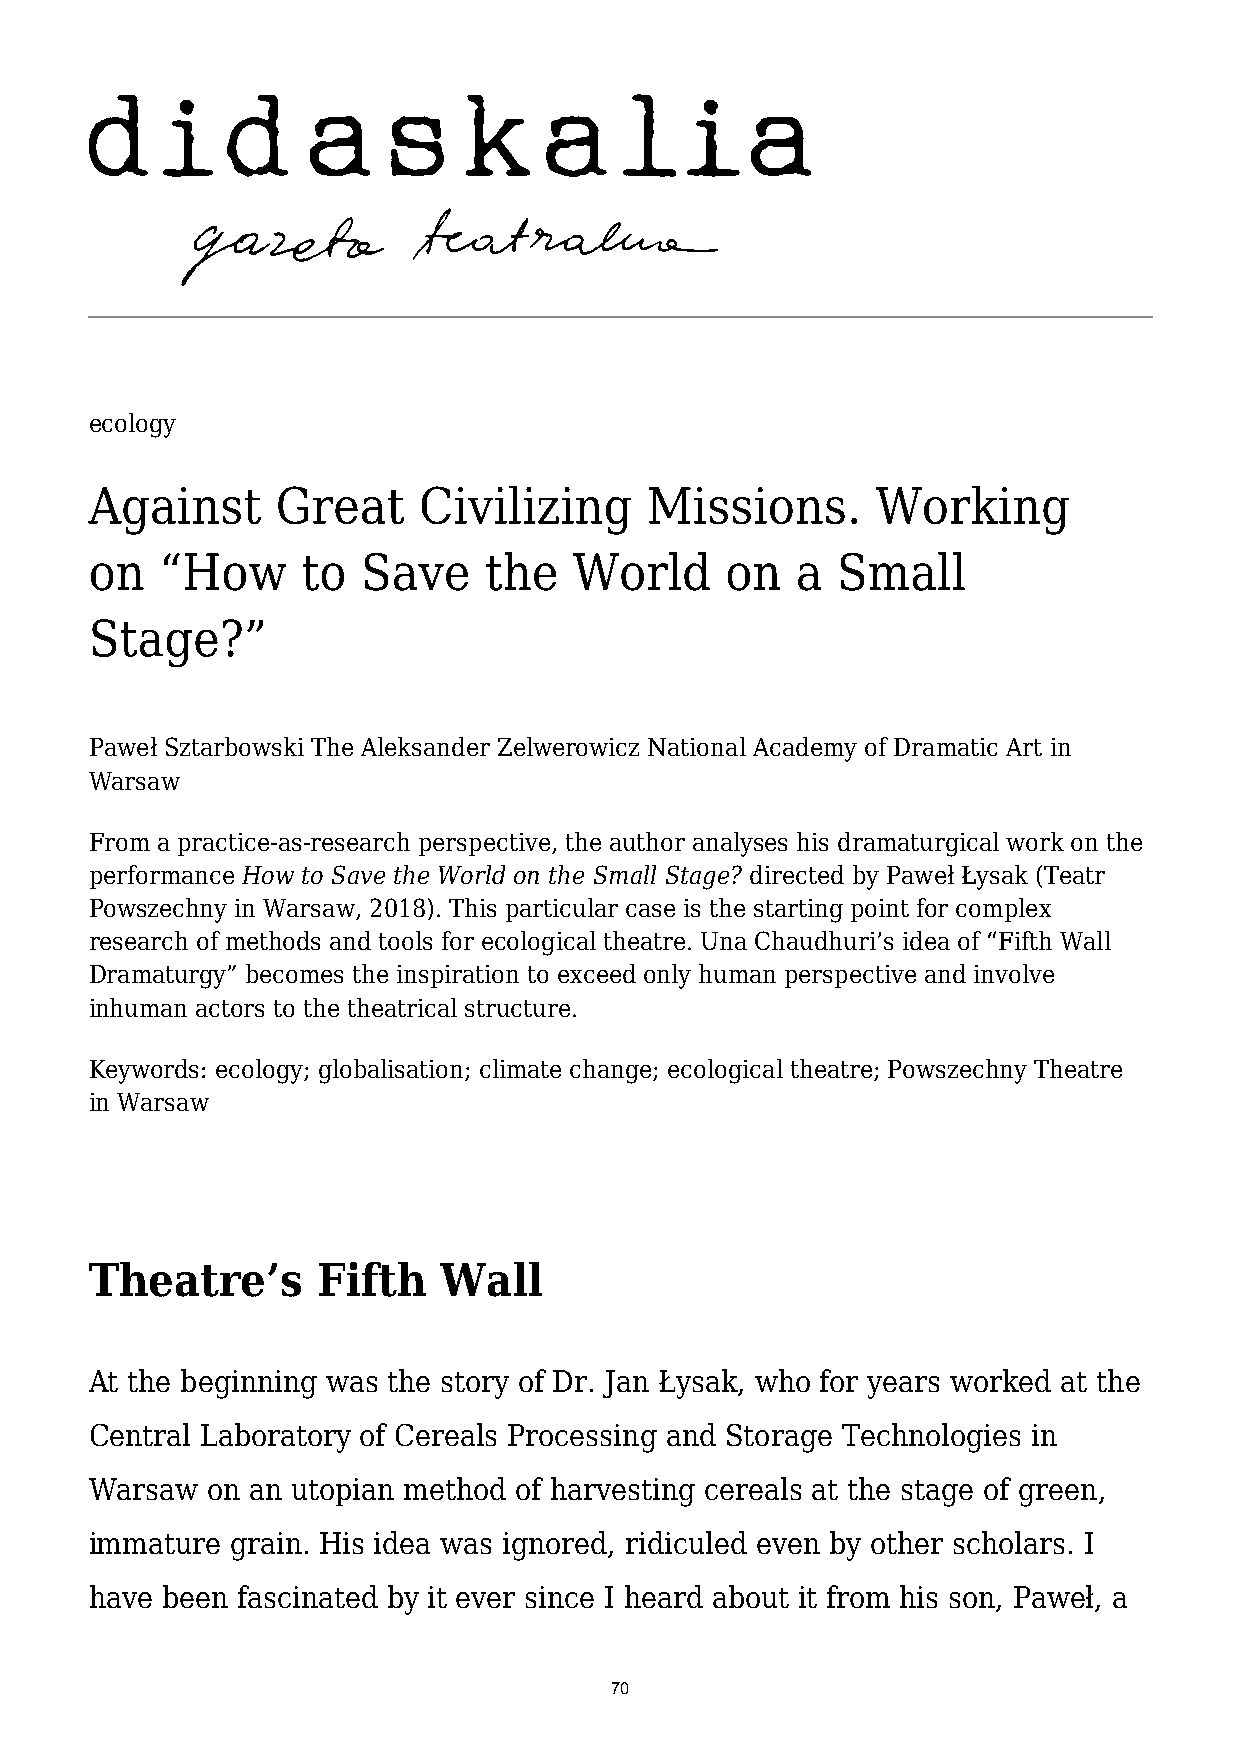
ecology
 Against     Great     Civilizing     Missions.      Working
 on   “How     to  Save    the   World     on   a Small
 Stage?”
 Paweł Sztarbowski The Aleksander Zelwerowicz National Academy of Dramatic Art in
 Warsaw
 From a practice-as-research perspective, the author analyses his dramaturgical work on the
 performance How to Save the World on the Small Stage? directed by Paweł Łysak (Teatr
 Powszechny in Warsaw, 2018). This particular case is the starting point for complex
 research of methods and tools for ecological theatre. Una Chaudhuri’s idea of “Fifth Wall
 Dramaturgy” becomes the inspiration to exceed only human perspective and involve
 inhuman actors to the theatrical structure.
 Keywords: ecology; globalisation; climate change; ecological theatre; Powszechny Theatre
 in Warsaw
 Theatre’s      Fifth   Wall
 At the beginning was the story of Dr. Jan Łysak, who for years worked at the
 Central Laboratory of Cereals Processing and Storage Technologies in
 Warsaw  on an utopian method of harvesting cereals at the stage of green,
 immature grain. His idea was ignored, ridiculed even by other scholars. I
 have been fascinated by it ever since I heard about it from his son, Paweł, a
 70